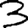
Digit: 3